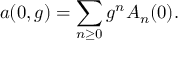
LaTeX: a ( 0 , g ) = \sum _ { n \geq 0 } g ^ { n } A _ { n } ( 0 ) .